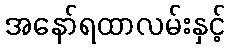
အနော်ရထာလမ်းနှင့်